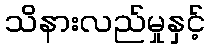
သိနားလည်မှုနှင့်